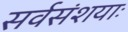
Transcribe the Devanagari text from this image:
सर्वसंशयाः